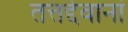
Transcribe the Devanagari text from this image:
तत्तद्देवानां